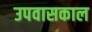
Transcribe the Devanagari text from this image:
उपवासकाल